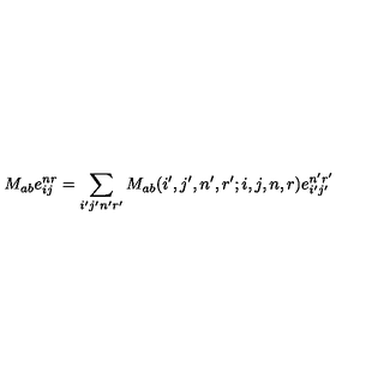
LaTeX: M _ { a b } e _ { i j } ^ { n r } = \sum _ { i ^ { \prime } j ^ { \prime } n ^ { \prime } r ^ { \prime } } M _ { a b } ( i ^ { \prime } , j ^ { \prime } , n ^ { \prime } , r ^ { \prime } ; i , j , n , r ) e _ { i ^ { \prime } j ^ { \prime } } ^ { n ^ { \prime } r ^ { \prime } }